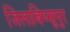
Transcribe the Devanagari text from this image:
जिलाबिष्णुपुर